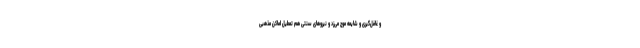
و غافل‌گیری و شایعه موج می‌زد و نیروهای سنتی هم تعطیل اماکن مذهبی